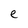
Character: e